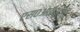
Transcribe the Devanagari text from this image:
एस०आई०टी०